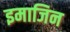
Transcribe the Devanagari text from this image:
इमाजिन